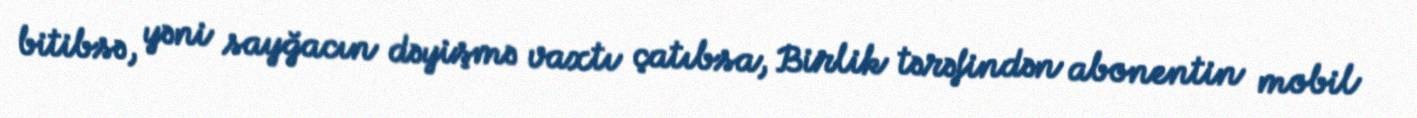
bitibsə, yəni sayğacın dəyişmə vaxtı çatıbsa, Birlik tərəfindən abonentin mobil